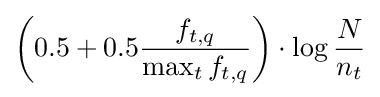
\left(0.5+0.5{\frac {f_{t,q}}{\max _{t}f_{t,q}}}\right)\cdot \log {\frac {N}{n_{t}}}